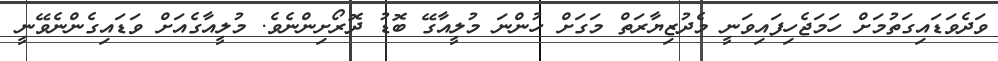
ވަދެވަޑައިގަތުމަށް ހަމަޖެހިފައިވަނީ މެދުޒިޔާރަތް މަގަށް ހުންނަ މުލީއާގޭ ބޮޑު ދޮރޯށިންނެވެ. މުލީއާގެއަށް ވަޑައިގެންނެވޭނީ